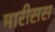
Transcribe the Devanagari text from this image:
मारीसस